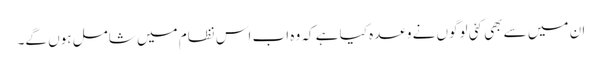
ان میں سے بھی کئی لوگوں نے وعدہ کیا ہے کہ وہ اب اس نظام میں شامل ہوں گے۔